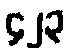
၄၂၃